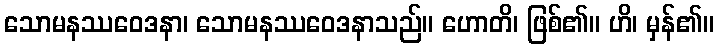
သောမနဿဝေဒနာ၊ သောမနဿဝေဒနာသည်။ ဟောတိ၊ ဖြစ်၏။ ဟိ၊ မှန်၏။